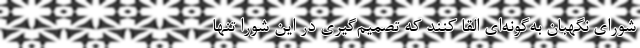
شورای نگهبان به‌گونه‌ای القا کنند که تصمیم‌گیری در این شورا تنها